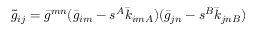
\tilde { g } _ { i j } = \bar { g } ^ { m n } ( \bar { g } _ { i m } - s ^ { A } \bar { k } _ { i m A } ) ( \bar { g } _ { j n } - s ^ { B } \bar { k } _ { j n B } )